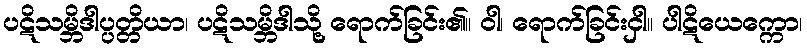
ပဋိသမ္ဘိဒါပ္ပတ္တိယာ၊ ပဋိသမ္ဘိဒါသို့ ရောက်ခြင်း၏။ ဝါ၊ ရောက်ခြင်းငှါ။ ပါဋိယေက္ကော၊